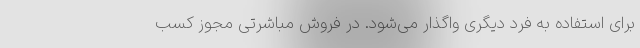
برای استفاده به فرد دیگری واگذار می‌شود. در فروش مباشرتی مجوز کسب